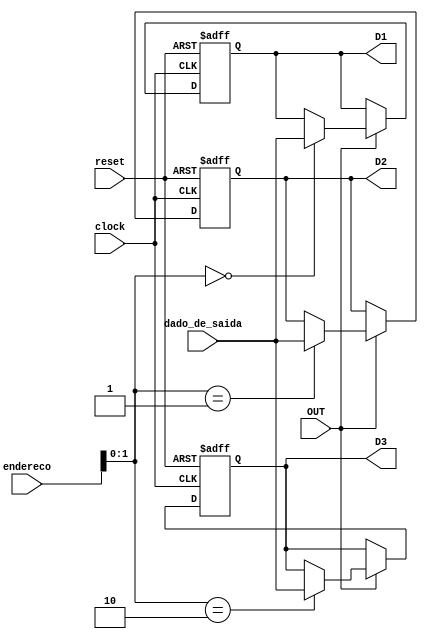
module saida_de_dados(clock, endereco, dado_de_saida, reset, OUT, D1, D2, D3);
	// Entradas
	input [31:0] endereco; // Endereco da saida
	input [31:0] dado_de_saida; // Dado de saida
	
	// Portas de Saidas
	output [31:0] D1; // Display de saida
	output [31:0] D2; // Display de saida
	output [31:0] D3; // Display de saida

	// Controle
	input clock;
	input OUT; // Flag de saida de dados
	input reset; // Reset
	
	reg[31:0] saidas[2:0];
	
	always @ (posedge clock or posedge reset) begin	
		if(reset) begin
			saidas[0] <= {32 {1'b0}};
			saidas[1] <= {32 {1'b0}};
			saidas[2] <= {32 {1'b0}};
		end else begin
			if(OUT)
				saidas[endereco] <= dado_de_saida;
		end
	end
	
	assign D1 = saidas[0];
	assign D2 = saidas[1];
	assign D3 = saidas[2];
endmodule